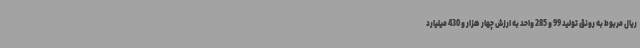
ریال مربوط به رونق تولید 99 و 285 واحد به ارزش چهار هزار و 430 میلیارد